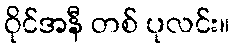
ဝိုင်အနီ တစ် ပုလင်း။